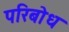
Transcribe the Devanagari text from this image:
परिबोध